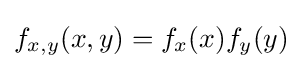
f_{x,y}(x,y)=f_{x}(x)f_{y}(y)